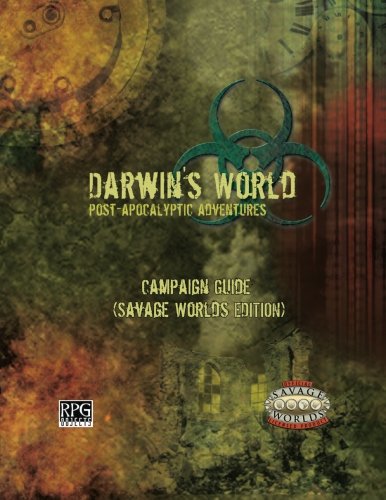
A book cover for Darwin's World Savage Worlds: Campaign Guide; Dominic A Covey; Science Fiction & Fantasy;